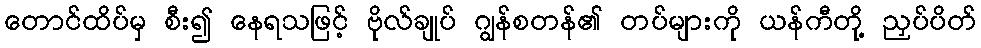
တောင်ထိပ်မှ စီး၍ နေရသဖြင့် ဗိုလ်ချုပ် ဂျွန်စတန်၏ တပ်များကို ယန်ကီတို့ ညှပ်ပိတ်